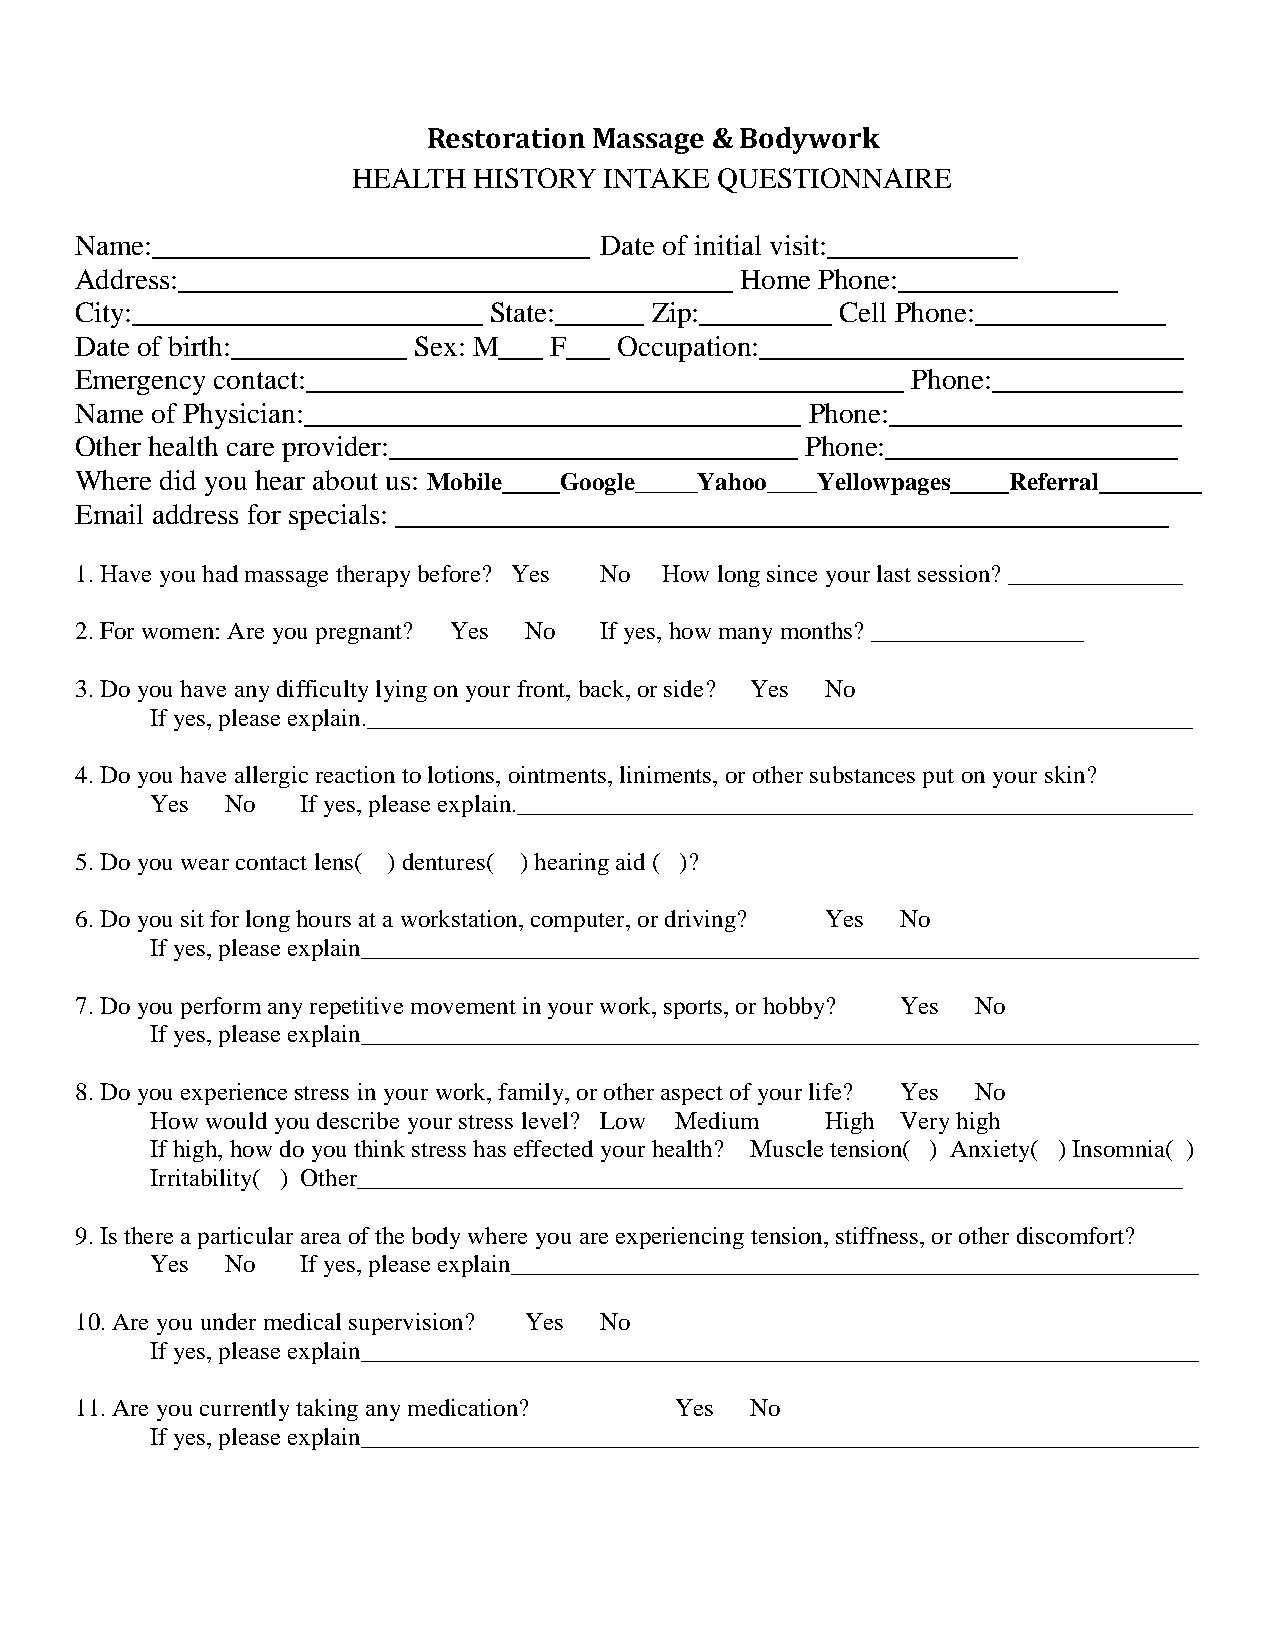
Restoration Massage & Bodywork
 HEALTH  HISTORY  INTAKE QUESTIONNAIRE
 Name:______________________________ Date of initial visit:_____________
 Address:______________________________________ Home Phone:_______________
 City:________________________ State:______ Zip:_________ Cell Phone:_____________
 Date of birth:____________ Sex: M___ F___ Occupation:_____________________________
 Emergency contact:_________________________________________ Phone:_____________
 Name of Physician:__________________________________ Phone:____________________
 Other health care provider:____________________________ Phone:____________________
 Where did you hear about us: Mobile____Google_____Yahoo____Yellowpages____Referral_______
 Email address for specials: _____________________________________________________
 1. Have you had massage therapy before? Yes No How long since your last session? ______________
 2. For women: Are you pregnant? Yes No If yes, how many months? _________________
 3. Do you have any difficulty lying on your front, back, or side? Yes No
 If yes, please explain.__________________________________________________________________
 4. Do you have allergic reaction to lotions, ointments, liniments, or other substances put on your skin?
 Yes  No   If yes, please explain.______________________________________________________
 5. Do you wear contact lens( ) dentures( ) hearing aid ( )?
 6. Do you sit for long hours at a workstation, computer, or driving? Yes No
 If yes, please explain___________________________________________________________________
 7. Do you perform any repetitive movement in your work, sports, or hobby? Yes No
 If yes, please explain___________________________________________________________________
 8. Do you experience stress in your work, family, or other aspect of your life? Yes No
 How would you describe your stress level? Low Medium High Very high
 If high, how do you think stress has effected your health? Muscle tension( ) Anxiety( ) Insomnia( )
 Irritability( ) Other__________________________________________________________________
 9. Is there a particular area of the body where you are experiencing tension, stiffness, or other discomfort?
 Yes  No   If yes, please explain_______________________________________________________
 10. Are you under medical supervision? Yes No
 If yes, please explain___________________________________________________________________
 11. Are you currently taking any medication? Yes No
 If yes, please explain___________________________________________________________________